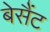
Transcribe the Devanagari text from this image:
बेसैंट